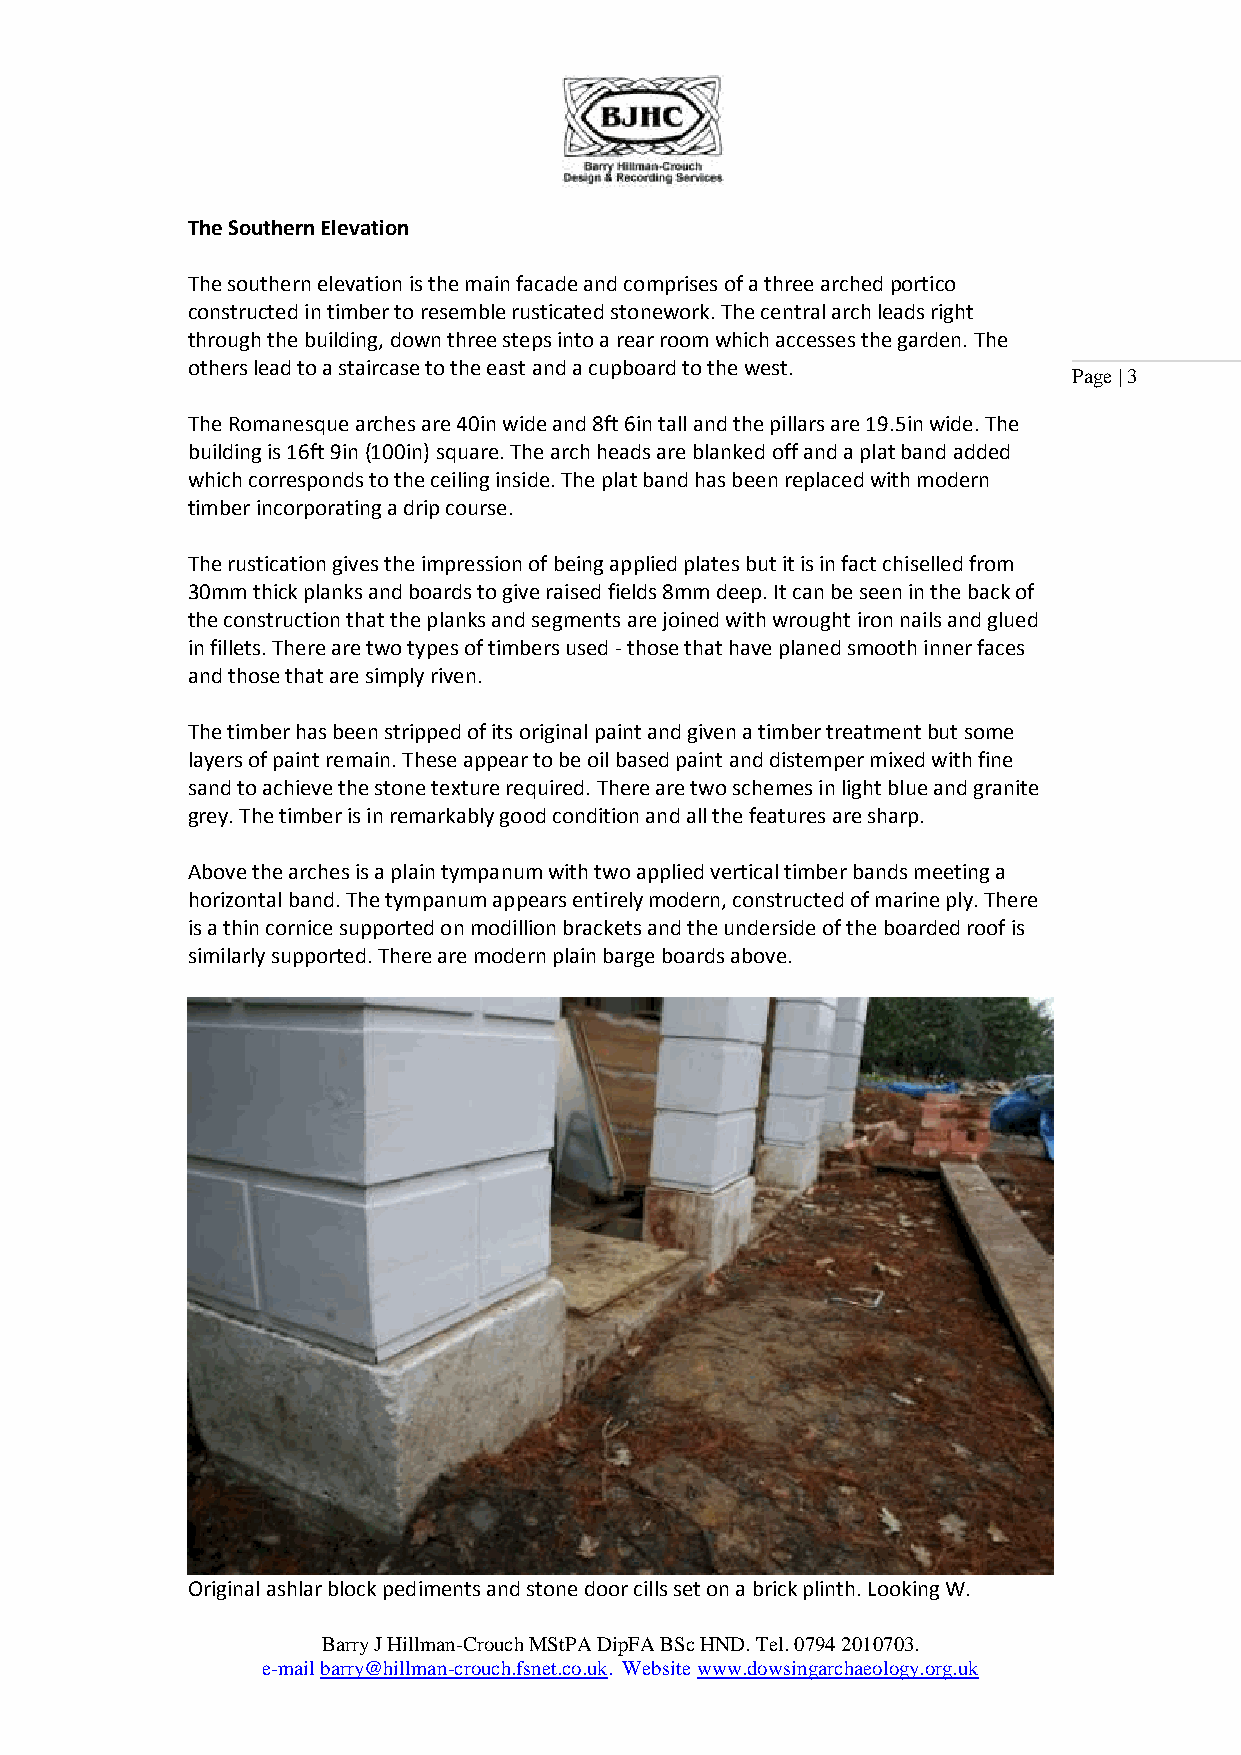
The Southern Elevation
 The southern elevation is the main facade and comprises of a three arched portico
 constructed in timber to resemble rusticated stonework. The central arch leads right
 through the building, down three steps into a rear room which accesses the garden. The
 others lead to a staircase to the east and a cupboard to the west.
 Page | 3
 The Romanesque arches are 40in wide and 8ft 6in tall and the pillars are 19.5in wide. The
 building is 16ft 9in (100in) square. The arch heads are blanked off and a plat band added
 which corresponds to the ceiling inside. The plat band has been replaced with modern
 timber incorporating a drip course.
 The rustication gives the impression of being applied plates but it is in fact chiselled from
 30mm thick planks and boards to give raised fields 8mm deep. It can be seen in the back of
 the construction that the planks and segments are joined with wrought iron nails and glued
 in fillets. There are two types of timbers used - those that have planed smooth inner faces
 and those that are simply riven.
 The timber has been stripped of its original paint and given a timber treatment but some
 layers of paint remain. These appear to be oil based paint and distemper mixed with fine
 sand to achieve the stone texture required. There are two schemes in light blue and granite
 grey. The timber is in remarkably good condition and all the features are sharp.
 Above the arches is a plain tympanum with two applied vertical timber bands meeting a
 horizontal band. The tympanum appears entirely modern, constructed of marine ply. There
 is a thin cornice supported on modillion brackets and the underside of the boarded roof is
 similarly supported. There are modern plain barge boards above.
 Original ashlar block pediments and stone door cills set on a brick plinth. Looking W.
 Barry J Hillman-Crouch MStPA DipFA BSc HND. Tel. 0794 2010703.
 e-mail barry@hillman-crouch.fsnet.co.uk. Website www.dowsingarchaeology.org.uk